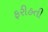
ફરીહતી